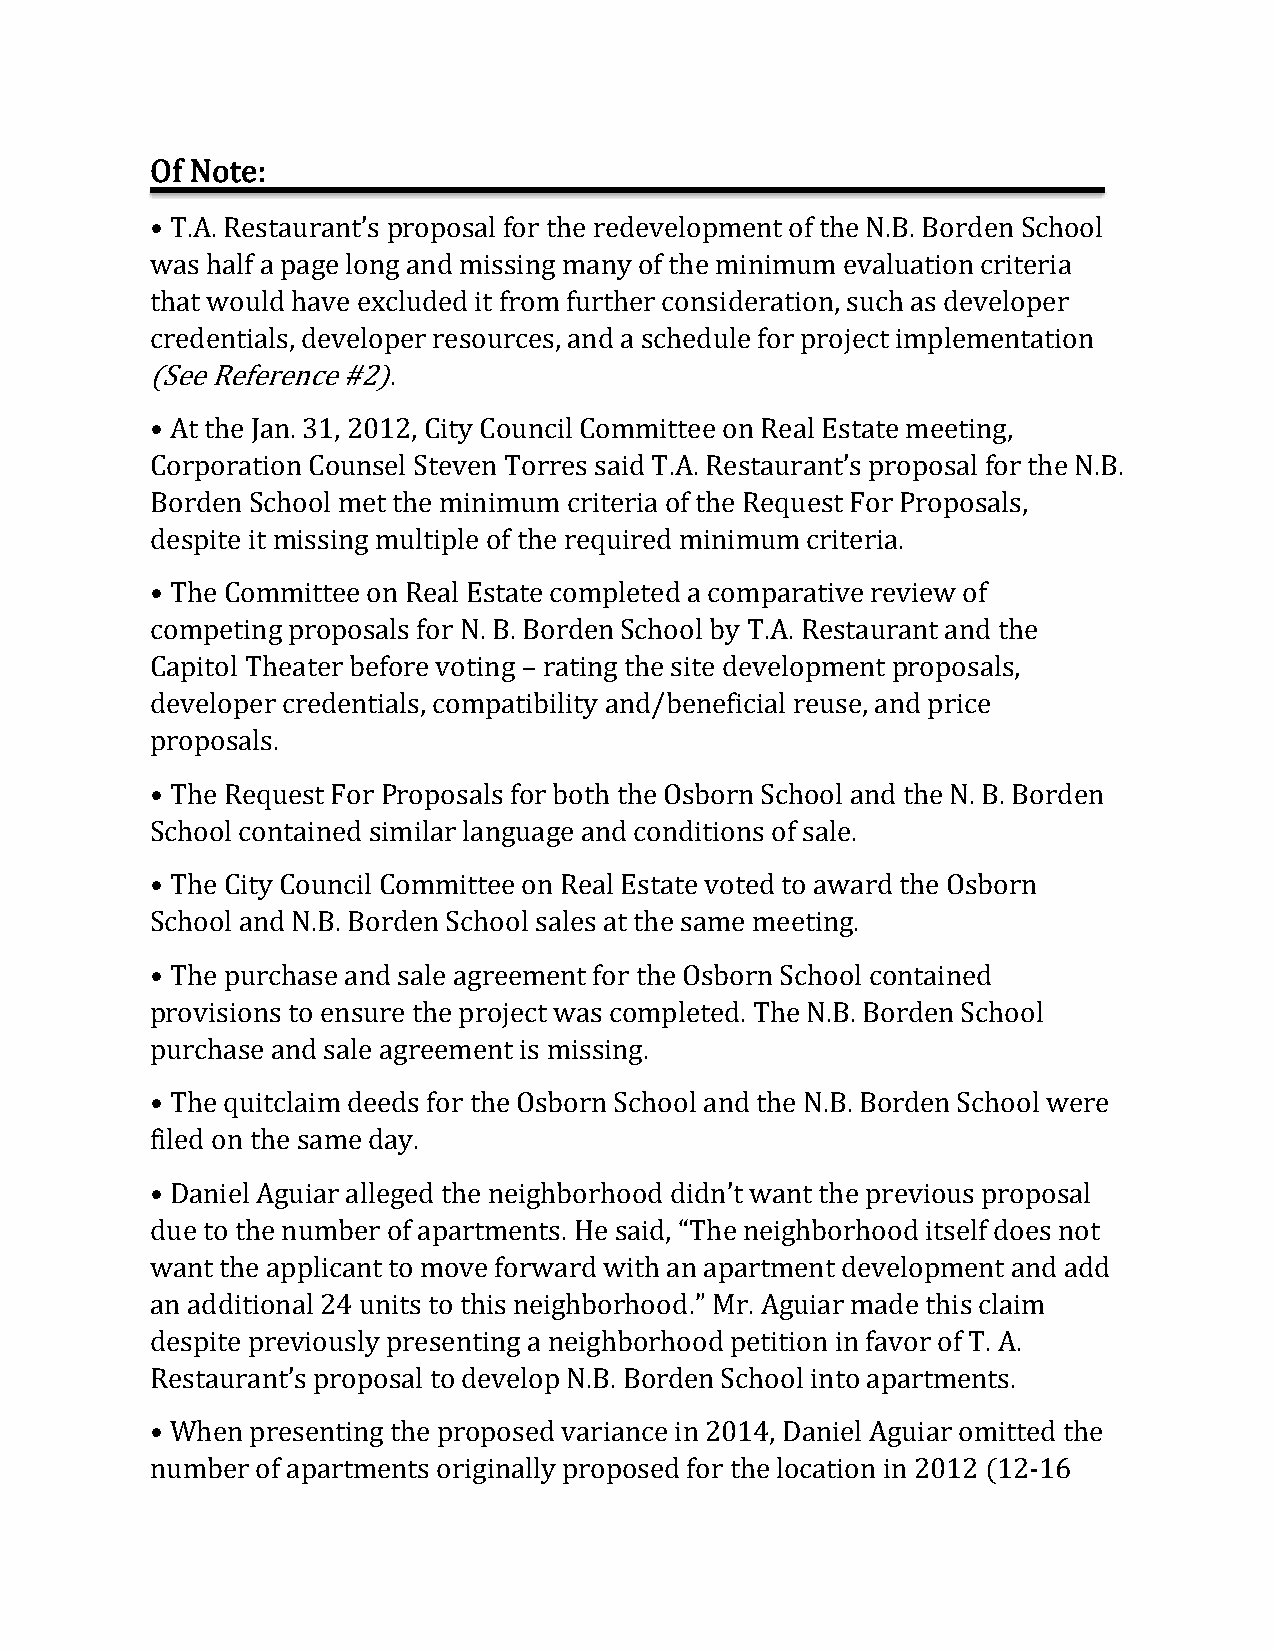
Of Note:
 • T.A. Restaurant’s proposal for the redevelopment of the N.B. Borden School
 was half a page long and missing many of the minimum evaluation criteria
 that would have excluded it from further consideration, such as developer
 credentials, developer resources, and a schedule for project implementation
 (See Reference #2).
 • At the Jan. 31, 2012, City Council Committee on Real Estate meeting,
 Corporation Counsel Steven Torres said T.A. Restaurant’s proposal for the N.B.
 Borden School met the minimum criteria of the Request For Proposals,
 despite it missing multiple of the required minimum criteria.
 • The Committee on Real Estate completed a comparative review of
 competing proposals for N. B. Borden School by T.A. Restaurant and the
 Capitol Theater before voting – rating the site development proposals,
 developer credentials, compatibility and/beneficial reuse, and price
 proposals.
 • The Request For Proposals for both the Osborn School and the N. B. Borden
 School contained similar language and conditions of sale.
 • The City Council Committee on Real Estate voted to award the Osborn
 School and N.B. Borden School sales at the same meeting.
 • The purchase and sale agreement for the Osborn School contained
 provisions to ensure the project was completed. The N.B. Borden School
 purchase and sale agreement is missing.
 • The quitclaim deeds for the Osborn School and the N.B. Borden School were
 filed on the same day.
 • Daniel Aguiar alleged the neighborhood didn’t want the previous proposal
 due to the number of apartments. He said, “The neighborhood itself does not
 want the applicant to move forward with an apartment development and add
 an additional 24 units to this neighborhood.” Mr. Aguiar made this claim
 despite previously presenting a neighborhood petition in favor of T. A.
 Restaurant’s proposal to develop N.B. Borden School into apartments.
 • When presenting the proposed variance in 2014, Daniel Aguiar omitted the
 number of apartments originally proposed for the location in 2012 (12-16